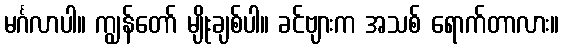
မင်္ဂလာပါ။ ကျွန်တော် မျိုးချစ်ပါ။ ခင်ဗျားက အသစ် ရောက်တာလား။